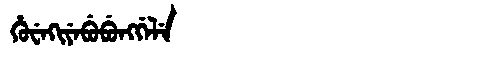
Manchu: ᡥᡠᠸᡝᡴᡳᠶᡝᠪᡠᠪᡠᠩᡤᡝᠯᡝ
Romanization: HUWEKIYEBUBUNGGELE